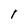
Character: I